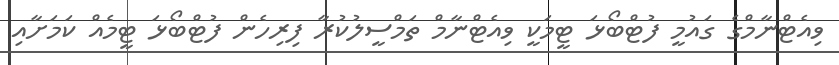
ވިއެޓްނާމްގެ ގައުމީ ފުޓްބޯޅަ ޓީމަކީ ވިއެޓްނާމް ތަމްސީލުކުރާ ފިރިހެން ފުޓްބޯޅަ ޓީމެއް ކަމަށާއި